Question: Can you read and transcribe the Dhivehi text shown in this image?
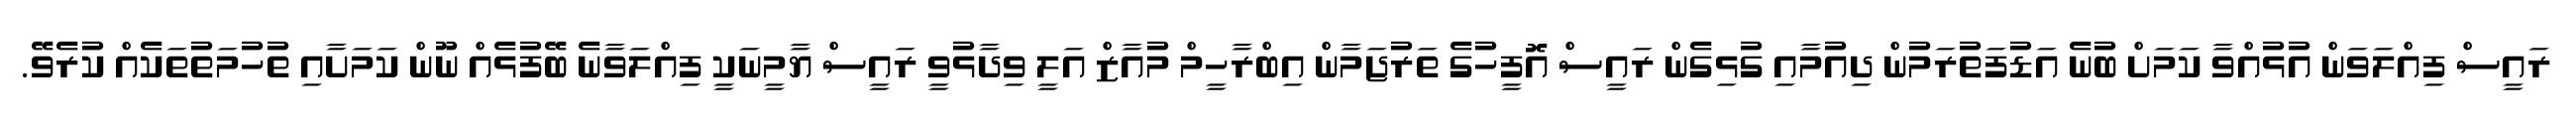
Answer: ރައީސް ފިއްލަވަން އުޅުއްވާ ކަމަށް ބުނެ އަޑުފަތުރަމުން ދިއުމާއި ގުޅިގެން ރައީސް އޮފީހުގެ ތަރުޖަމާން އިބްރާހީމް މުއާޒް އަލީ ވިދާޅުވީ ރައީސް ޔާމީނަކީ ފިއްލަވާނެ ބޭފުޅެއް ނޫން ކަމަށާއި ތުހުމަތުތަކެއް ކުރެވޭ.